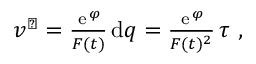
\begin{array} { r } { v ^ { \flat } = \frac { { \, \mathrm e } \, ^ { \varphi } } { F ( t ) } \, \mathrm { d } q = \frac { { \, \mathrm e } \, ^ { \varphi } } { F ( t ) ^ { 2 } } \, \tau \ , } \end{array}